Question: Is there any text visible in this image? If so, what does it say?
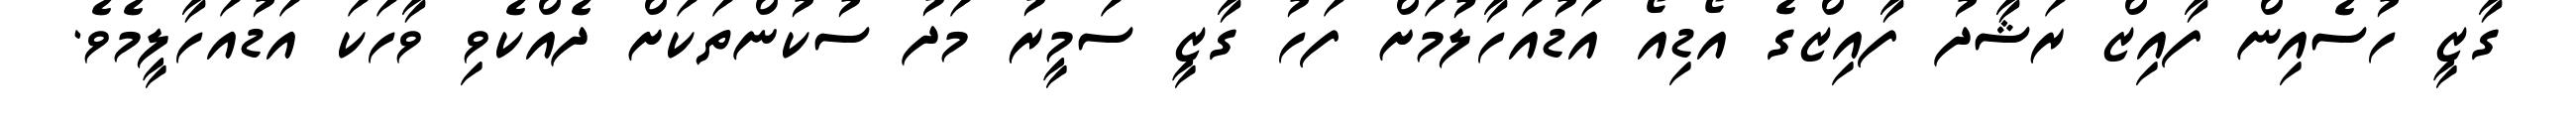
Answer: ގާޒީ ހުސެއިން ފާއިޒް ރަޝާދު ފާއިޒްގެ އޯޑިއޯ އަޑުއަހާލުމަށް ފަހު ގާޒީ ސަމީރު މަދު ސުކުންތަކަށް ދެއްކެވި ވާހަކަ އަޑުއަހާލީމެވެ.